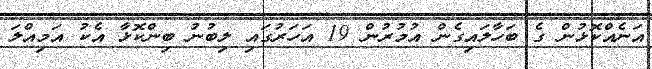
އަނެއްކޮޅުން ގެ ބަހާލައިގެން އުމުރުން 19 އަހަރުގައި ލިބުނު ބިންކޮޅާ އެކު އަމިއްލަ